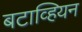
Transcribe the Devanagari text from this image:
बटाव्हियन